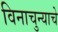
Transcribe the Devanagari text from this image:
विनाचुन्याचे